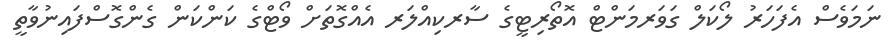
ނަމަވެސް އެފަހަރު ލޯކަލް ގަވަރމަންޓް އޮތޯރިޓީގެ ސާރކިއްލަރ އެއްގޮތަށް ވޯޓްގެ ކަންކަން ގެންގޮސްފައިނުވާތީ